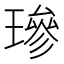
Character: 𤨵